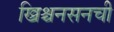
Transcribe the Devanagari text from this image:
ख्रिश्चनसनची